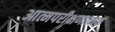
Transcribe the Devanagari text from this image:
आत्मपरीक्षणात्मक